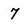
Character: 7